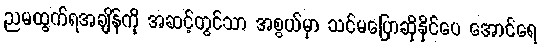
ညမထွက်ရအချိန်ကို အဆင့်တွင်သာ အစွယ်မှာ သင်မပြောဆိုနိုင်ပေ အောင်ရေ